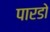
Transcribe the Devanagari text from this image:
पारडो